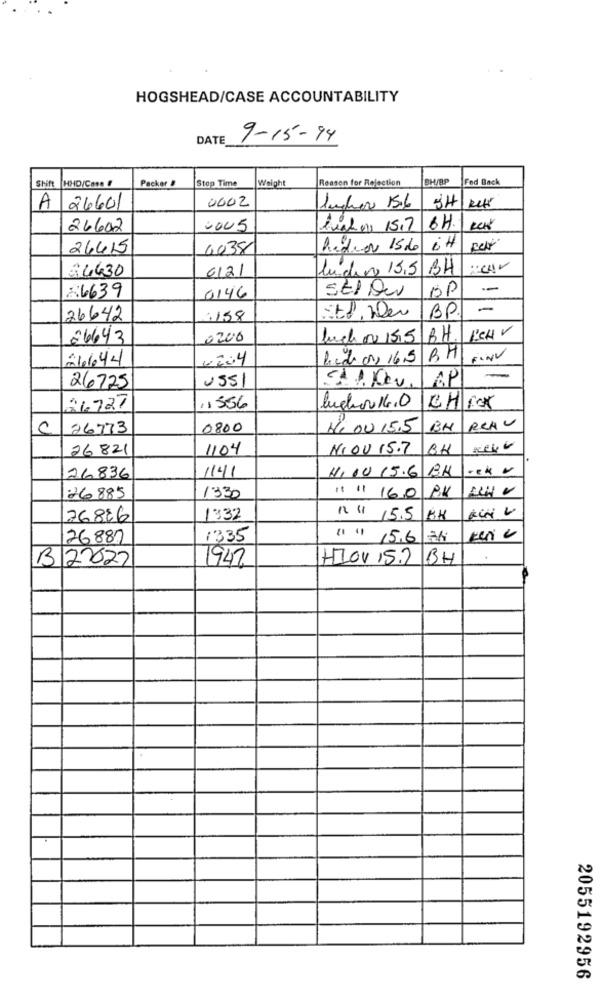
HOGSHEAD/CASE ACCOUNTABILITY
DATE
9-15-94
Shift HHD/Cose F
Packer !
Stop Time
Weight
Reason for Rejection
BH/RP
Fed Back
0002
A 26601
26602
0005
Praha 15.7 6H.
RCK
26415
6038
hidror 156
iH
34430
6121
ludens 155 BH
5tl Du
SP
-
26639
0146
-
26642
:158
itf. Der
BP
26643
0200
buch 00 1515
BH.
26644
4204
Ricchi or, 16.5
BH
FINV
USSI
API
26725
26727
11556
lughor 16.0
CHECK
REAU
26773
0800
He 00 15.5
BH
26 821
1104
NI OU 15.7
BH
1141
H100 15.6
B.H
26836
BK
26885
1330
It # 160
76886
1332
n " 15.5
18H
26887
1335
11 ") 15.6
B 22027
HIOV 15.2 BH
1942
2055192956